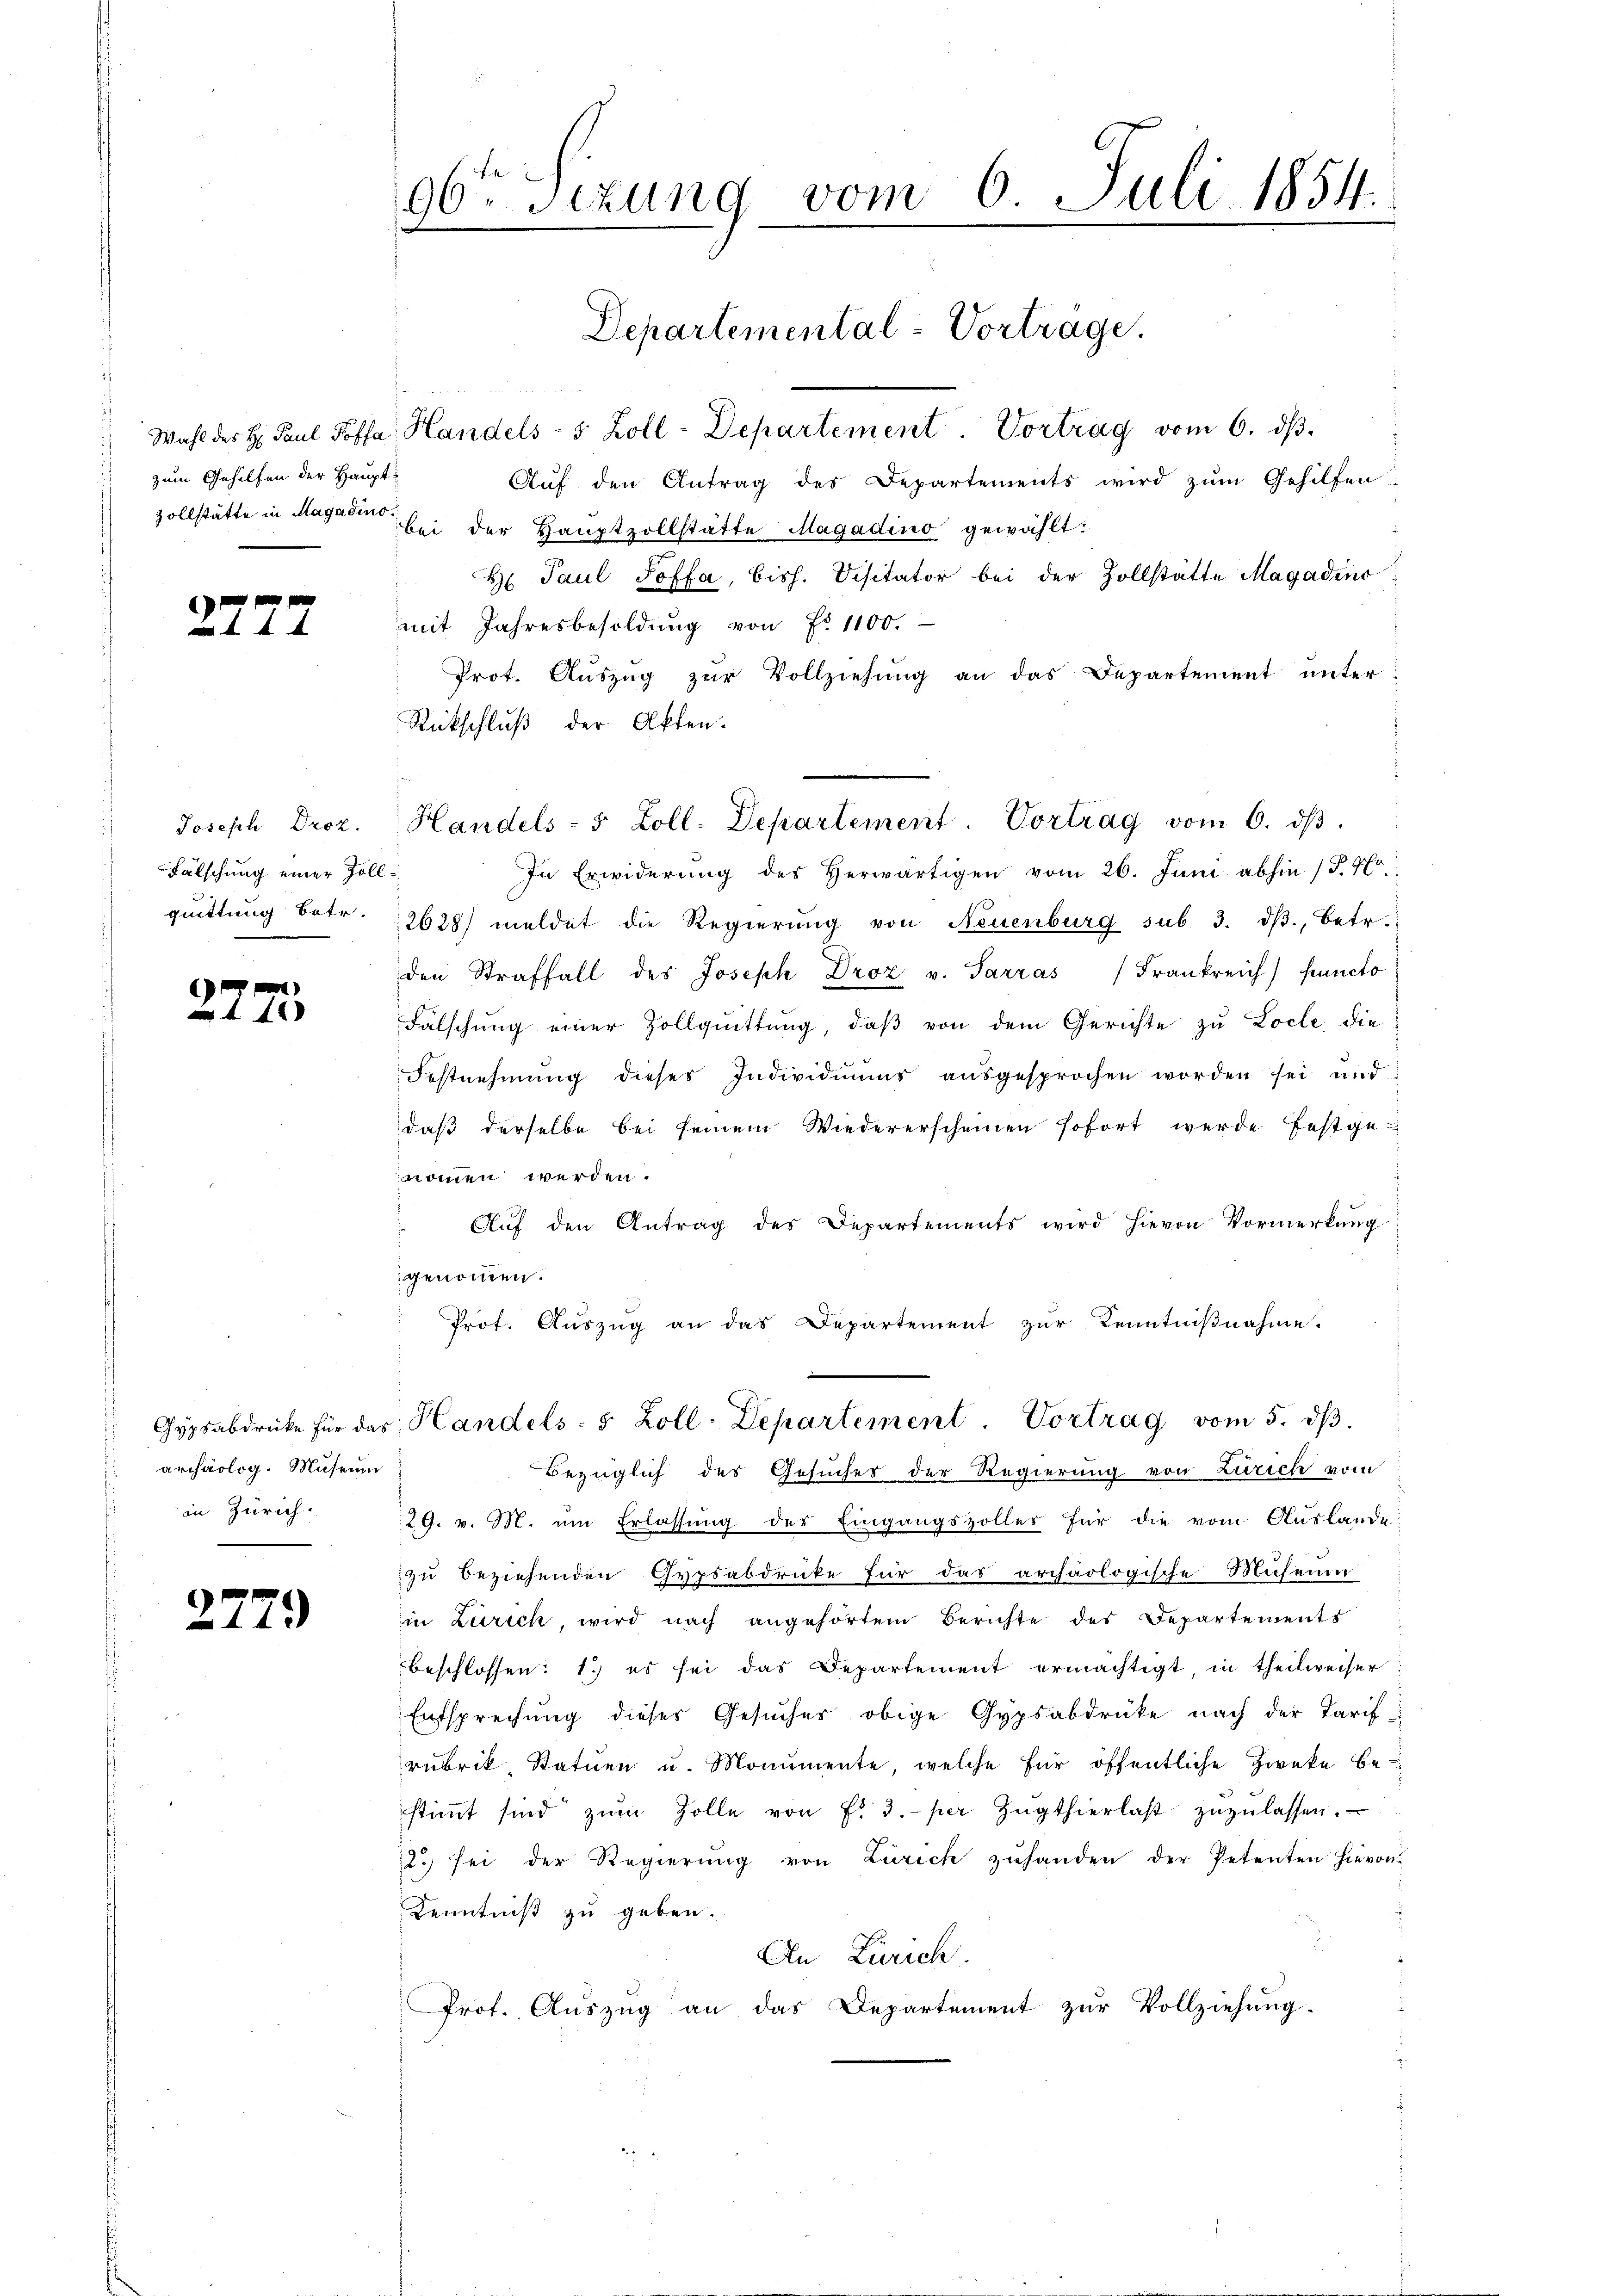
zum Gehilfen der Haupt¬
Zollstätte in Magadino.

1

.

Joseph Droz.
Fälschung einer Zollquittung betr.

e
18

Gypsabdrüke für das
archäolog. Museum
in Zürich.

2779

Juli 1854.
96ten Sizung vom 6.
e
.
n
Departemental-Vortrage.
Wahl des H. Paul Poffa Handels- 5 Zoll-Departement. Vortrag vom 6. dβ.

Aŭf den Antrag des Departements wird zŭm Gehilfen:
bei der Hauptzollstätte Magadino gewählt:
H Paul Soffa, bish. Visitator bei der Zollstätte Magadino
mit Jahresbesoldung von Fr. 1100.
Prot. Aŭszŭg zŭr Vollziehŭng an das Departement unter:
Rückschluß der Akten.
In Erwiderŭng des herwärtigen vom 26. Juni abhin (T. Hr.
2628) meldet die Regierung von Neuenburg sub 3. dβ., betr.
den Straffall des Joseph Droz v. Sarras Frankreich puncto
Falschung einer Zollquittung, daβ von dem Gerichte zu Locle, die
Festnehmung dieses Individuums aŭsgesprochen worden sei und
daß derselbe bei seinem Wiedererscheinen sofort werde festgenommen werden.
Aŭf den Antrag der Departements wird hievon Vormerkung
genommen.
Prot. Auszug an das Departement zur Kenntnißnahme.
Handels- 5 Zoll-Departement. Vortrag vom 5. dβ.
Bezüglich des Gesuches der Regierung von Zürich vom
29. v. M. um Erlassung des Eingangszolles für die vom Auslande
zu beziehenden Gypsabdrücke für das archäologische Musenin
in Zürich, wird nach angehörtem Berichte des Departements
beschlossen: 1.) es sei das Departement ermächtigt, in theilweiser
Entsprechung dieses Gesuches obige Gypsabdrücke nach der Tarif
rubrik Statuen u. Monumente, welche für öffentliche Zweke be-
stimmt sind zŭm Zolle von Fr. 3. per Zugthierlaβ zŭzŭlassen.
2.) sei der Regierŭng von Zürich zŭhanden der Petenten hievon
Kenntniß zu geben.
An Zürich.
Prot. Auszug an das Departement zur Vollziehung.

Handels- 5 Zoll. Departement. Vortrag vom 6. dβ.